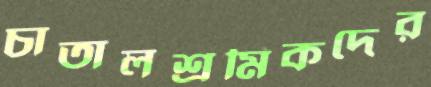
চাতালশ্রমিকদের